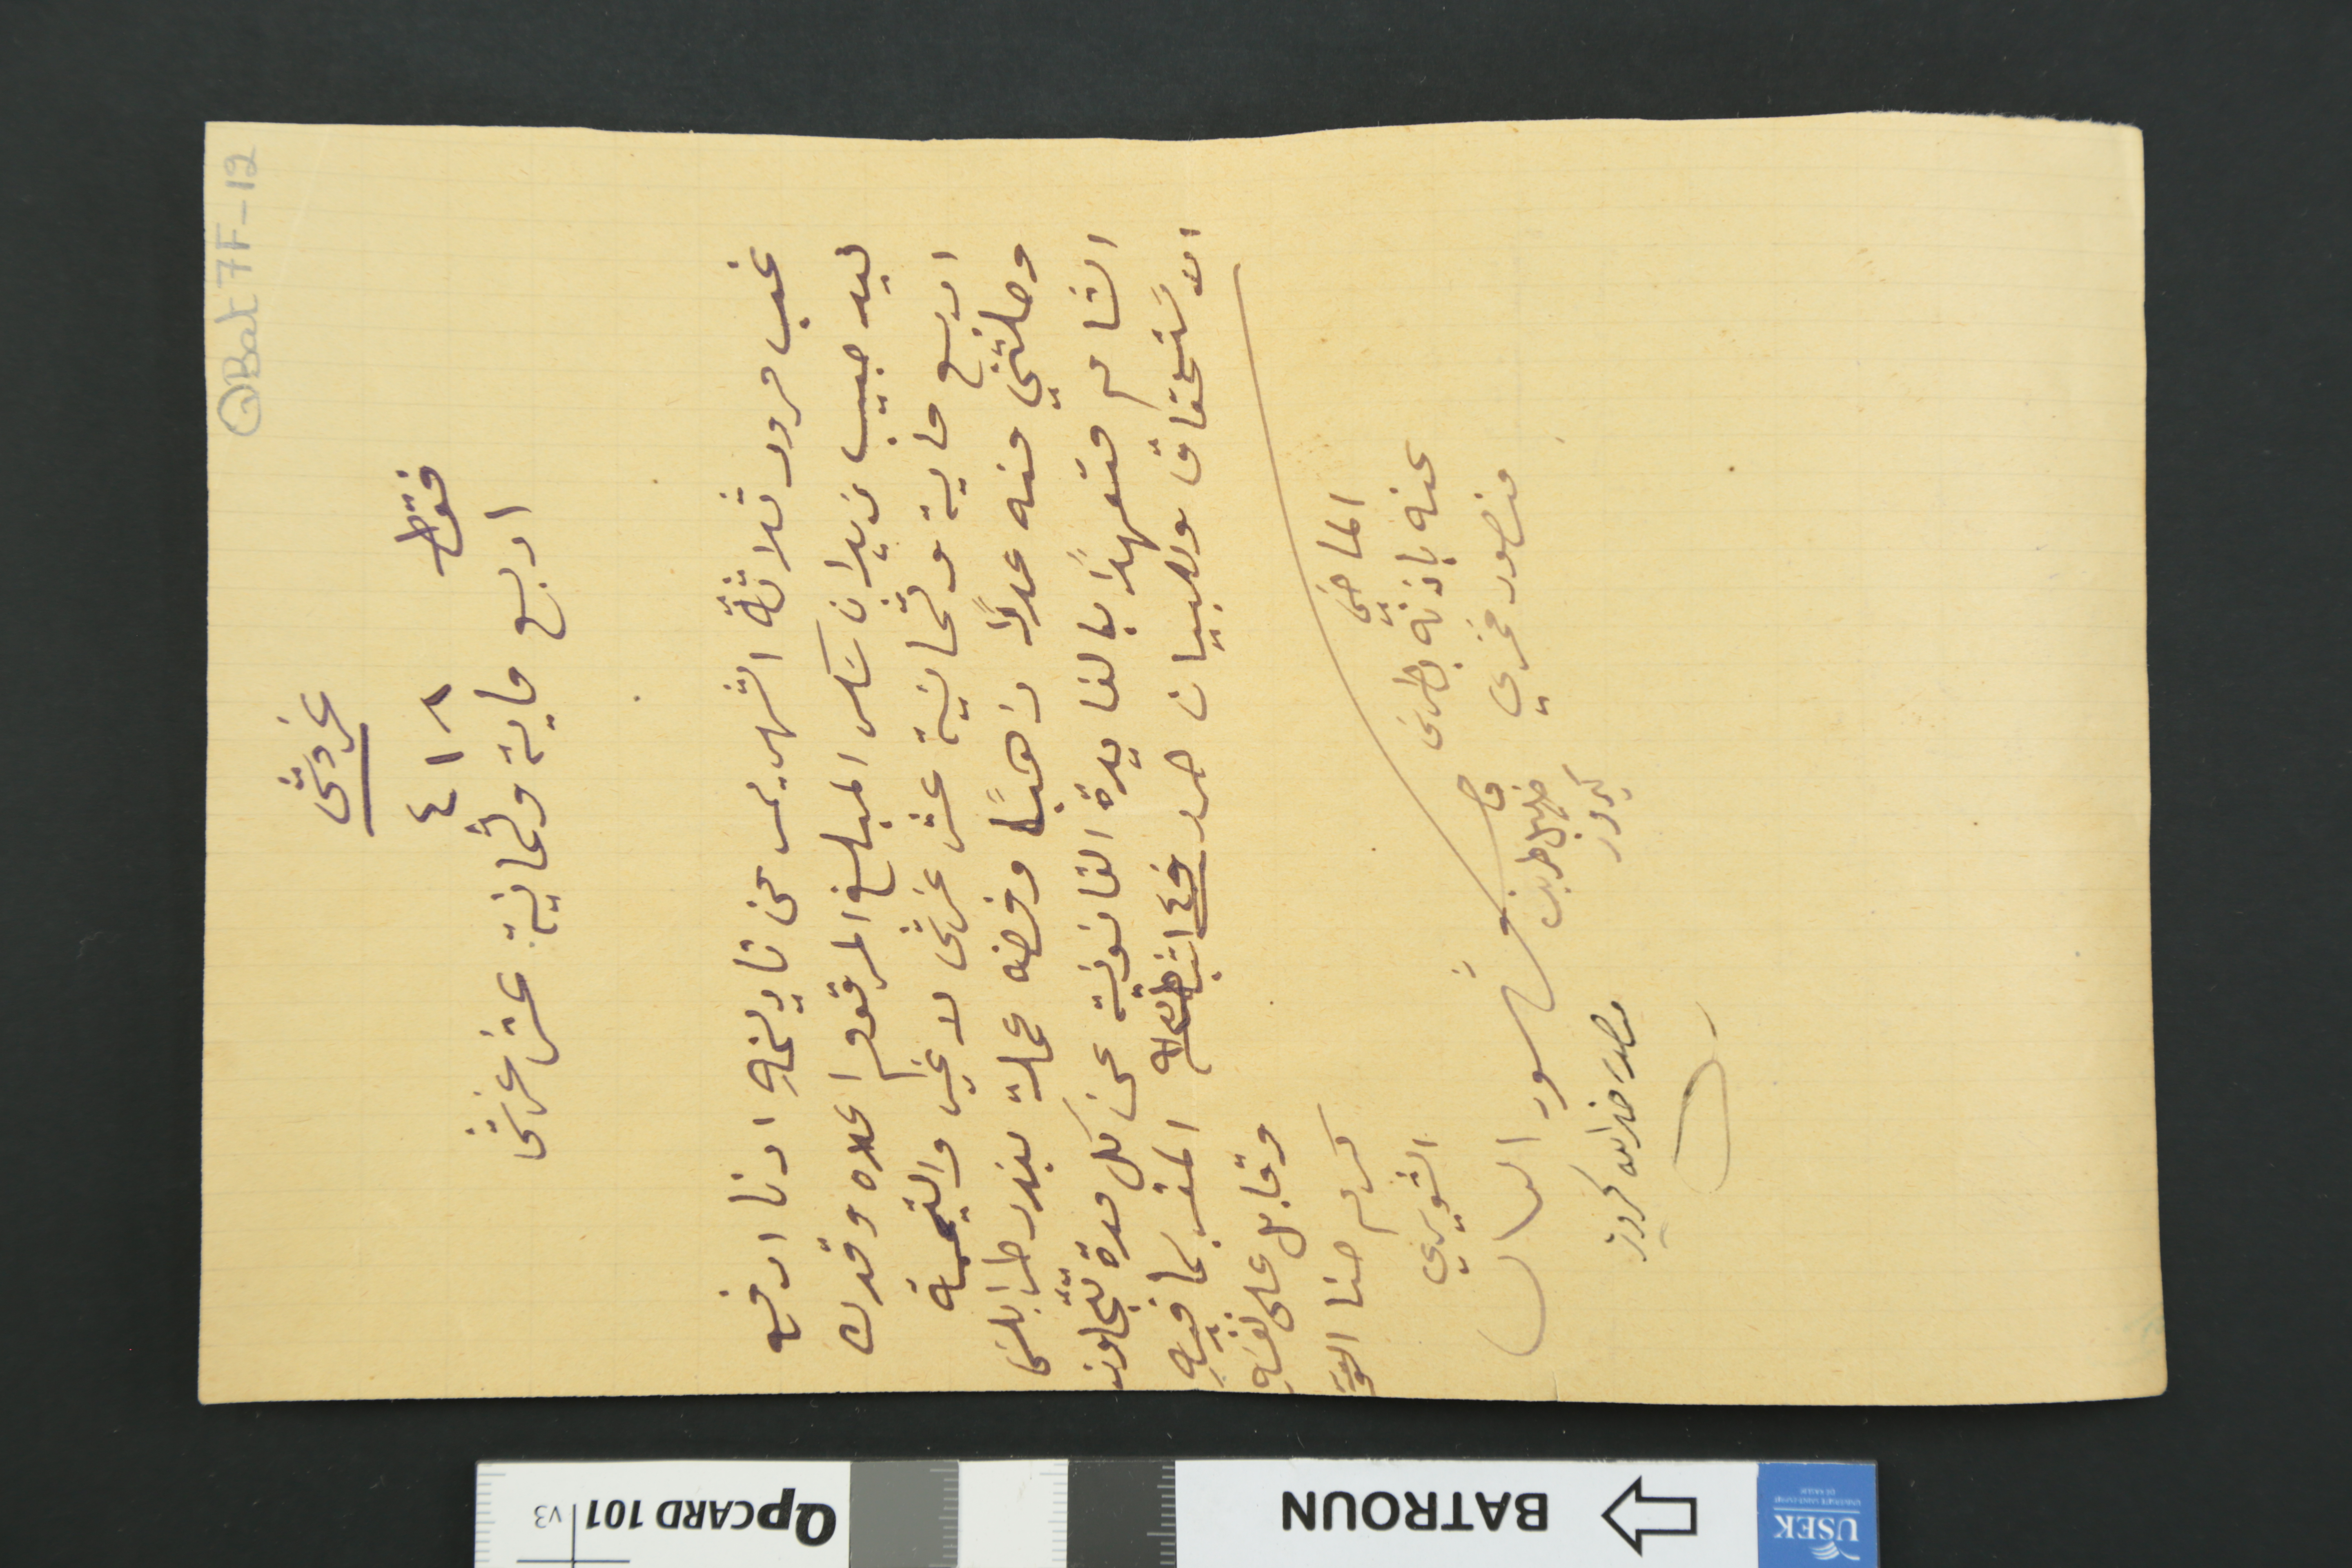
QBat7F-12
غروش
فقط ٤١٨
اربع ماية وثمانية عشر غرش
غب مرور ثلاثة الشهر يمر عن تاريخهِ ادنا ادفع
ليد حبيب زيدان سَكر المبلغ المرقوم اعلاه وقدره
اربع ماية وثمانية عشر غرش لا غير والقيمة
وصلتني منه عدلاً ذهباً وفضه عملة بندر طرابلسَ
الشام متعهداً بالفايدة القانونية عن كل مدة تتجاوز
الاسَتحقاق وللبيان حرر في ١٤ شباط سنة ٩١٣ المقر بما فيهِ
وقابل على نفسَهِ
كرم حنا الشويري
شهود الحال
الماضي عنه باذنه بطرسَ منصور فخري
ماضي خليل طربي كيروز
منصور خيرالله كيروز